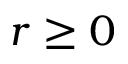
r \geq 0